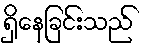
ရှိနေခြင်းသည်